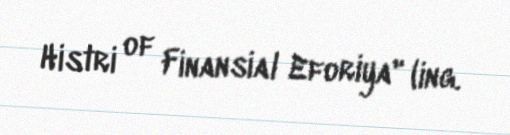
Histri of Finansial Eforiya" (ing.